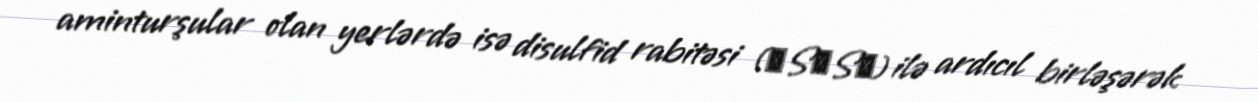
aminturşular olan yerlərdə isə disulfid rabitəsi (―S―S―) ilə ardıcıl birləşərək